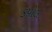
કપોલ